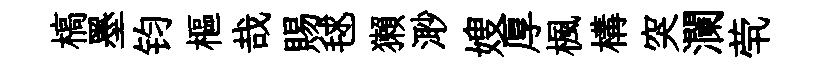
槁墨钧樞哉賜毬獺𣺌嫂厚楓構突瀾茕